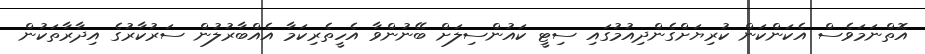
އޮތްނަމަވެސް އެކަންކަން ކުރިޔަށްގެންދިއުމުގައި ސިޓީ ކައުންސިލަށް ބޭނުންވާ އެހީތެރިކަމާ އެއްބާރުލުން ސަރުކާރުގެ އިދާރާތަކުން